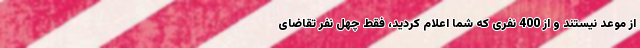
از موعد نیستند و از 400 نفری که شما اعلام کردید، فقط چهل نفر تقاضای